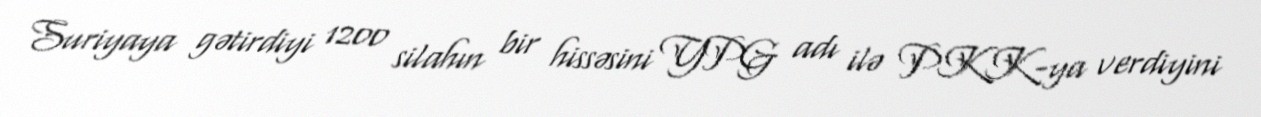
Suriyaya gətirdiyi 1200 silahın bir hissəsini YPG adı ilə PKK-ya verdiyini